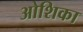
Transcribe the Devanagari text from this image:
ओशिका